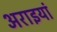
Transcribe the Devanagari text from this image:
अराइयां